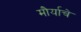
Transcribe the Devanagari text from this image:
मौर्याचे